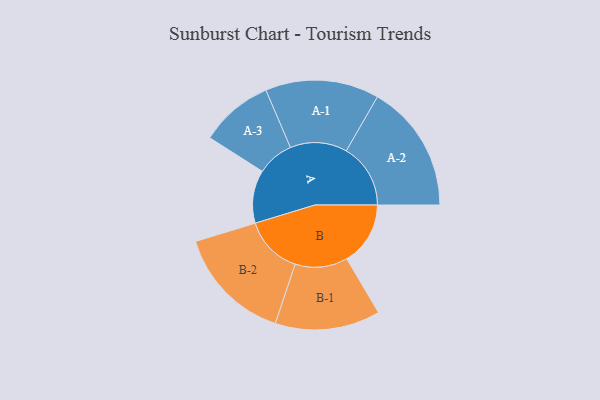
{"axis": {"x": "Segment", "y": "Value"}, "legend": ["", "A", "B"], "data": [{"x": "A", "y": 244, "type": ""}, {"x": "B", "y": 293, "type": ""}, {"x": "A-1", "y": 262, "type": "A"}, {"x": "A-2", "y": 296, "type": "A"}, {"x": "A-3", "y": 169, "type": "A"}, {"x": "B-1", "y": 242, "type": "B"}, {"x": "B-2", "y": 269, "type": "B"}]}